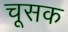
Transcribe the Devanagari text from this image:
चूसक